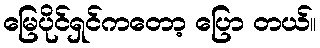
မြေပိုင်ရှင်ကတော့ ပြော တယ်။